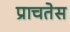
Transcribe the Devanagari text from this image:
प्राचतेस